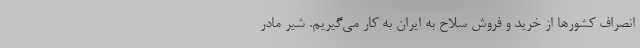
انصراف کشورها از خرید و فروش سلاح به ایران به کار می‌گیریم. شیر مادر